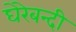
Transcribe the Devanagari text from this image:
घेरेबन्दी